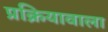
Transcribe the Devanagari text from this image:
प्रक्रियावाला